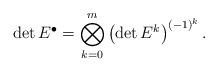
LaTeX: \begin{align*}\det E^\bullet = \bigotimes_{k=0}^m \left( \det E^k \right)^{(-1)^k} .\end{align*}